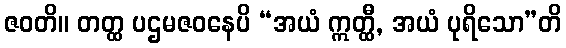
ဇဝတိ။ တတ္ထ ပဌမဇဝနေပိ “အယံ ဣတ္ထီ, အယံ ပုရိသော”တိ